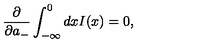
\frac { \partial } { \partial a _ { - } } \int _ { - \infty } ^ { 0 } d x I ( x ) = 0 ,